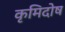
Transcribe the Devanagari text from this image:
कृमिदोष